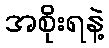
အစိုးရနဲ့